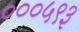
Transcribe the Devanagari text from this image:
०००५९३